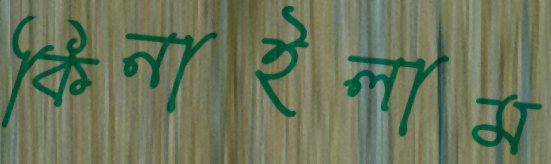
কিনাইলাম